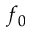
f _ { 0 }